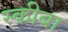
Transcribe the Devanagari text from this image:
स्कीबा